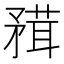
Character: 𥎂